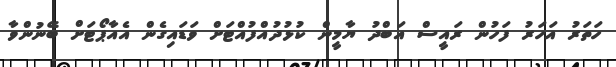
ހަތަރު އަހަރު ފަހުން ރައީސް އަބްދު ޔާމީން ކުޅުދުއްފުއްޓަށް ވަޑައިގެން އެއާޕޯޓަށް ބޭނުންވާ